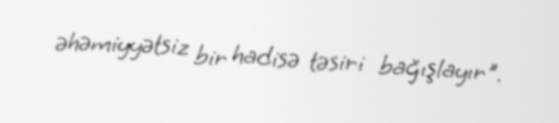
əhəmiyyətsiz bir hadisə təsiri bağışlayır".